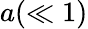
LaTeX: a(\ll 1)